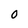
Character: O